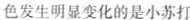
颜色发生明显变化的是小苏打